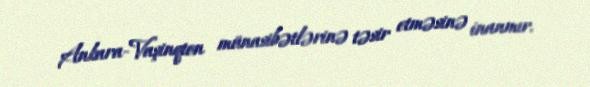
Ankara-Vaşinqton münasibətlərinə təsir etməsinə inanmır.